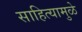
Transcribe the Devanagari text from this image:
साहित्यामुळे